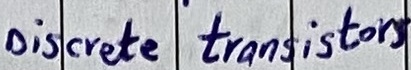
Text: Discrete transistors